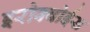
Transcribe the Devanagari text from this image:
इरोक्वोईस